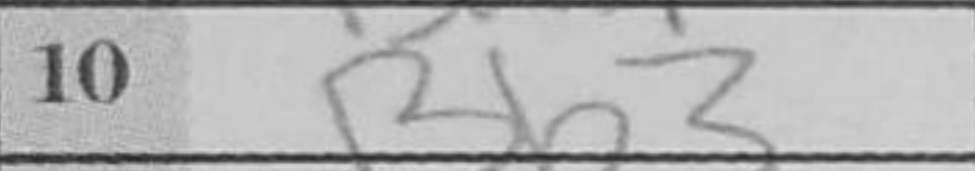
Transcription: Bb3